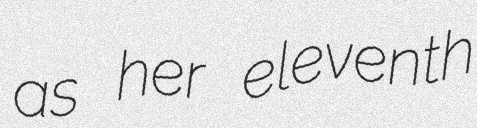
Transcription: as her eleventh